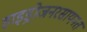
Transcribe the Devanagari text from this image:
हाइड्रोजनरसायनत